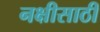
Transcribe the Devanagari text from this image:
नक्षीसाठी